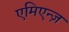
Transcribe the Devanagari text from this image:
एमिएन्ज़